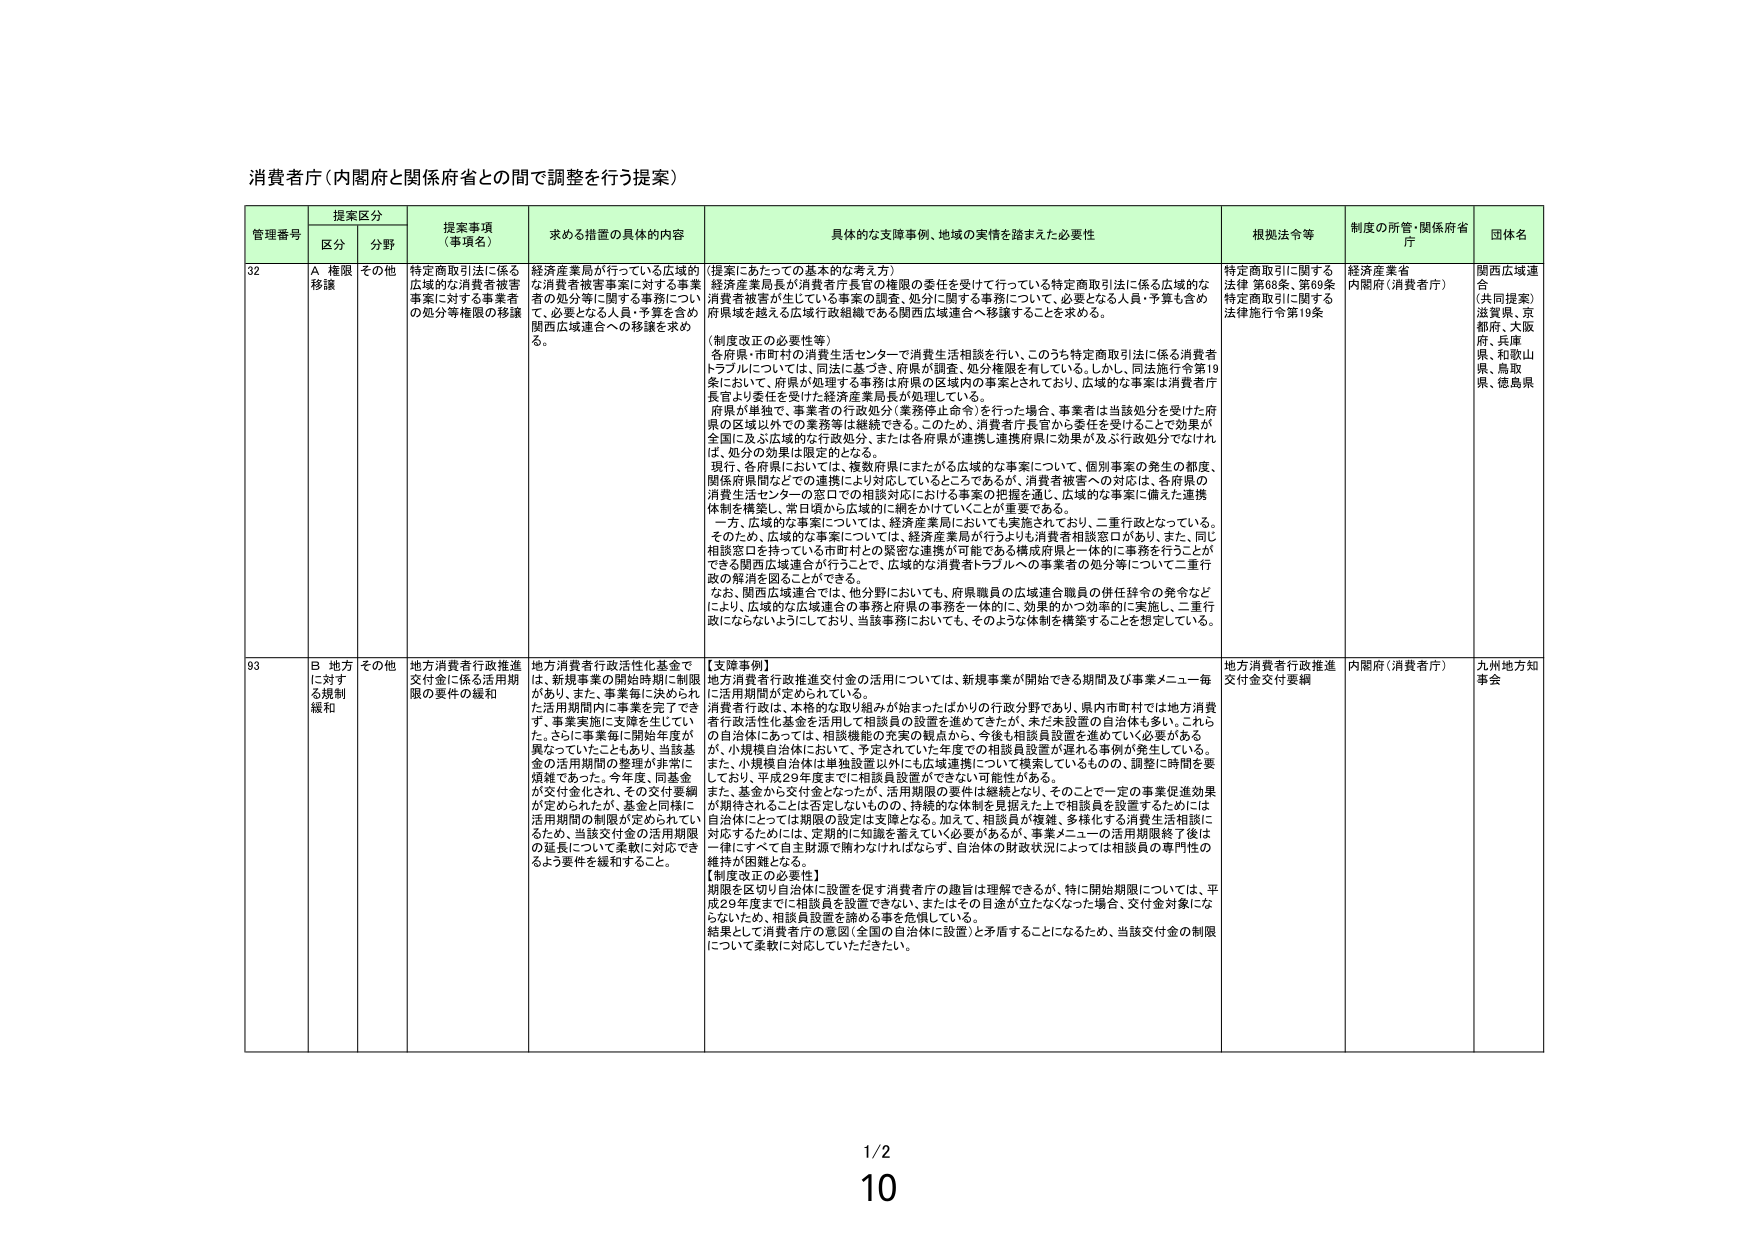
消費者庁（内閣府と関係府省との間で調整を行う提案）

管理番号 提案区分 提案事項（事項名） 求める措置の具体的内容 具体的な支援事例、地域の実情を踏まえた必要性 根拠法令等 制度の所管・関係府省庁 団体名
区分 分野

32 A 権限移譲 その他 特定商取引法に係る広域的な消費者被害事案に対する事業者事案に対する消費者の処分等権限の移譲 経済産業局が行っている広域的な消費者被害事案に対する事業者の処分等に関する事務について、必要となる人員・予算を含め関西広域連合への移譲を求める。 （提案にあたっての基本的な考え方） 経済産業局長が消費者庁長官の権限の委任を受けて行っている特定商取引法に係る広域的な消費者被害が生じている事案の調査、処分に関する事務について、必要となる人員・予算も含め府県域を越える広域行政組織である関西広域連合へ移譲することを求める。 （制度改正の必要性等） 各府県・市町村の消費生活センターで消費生活相談を行い、このうち特定商取引法に係る消費者トラブルについては、同法に基づき、府県が調査、処分権限を有している。しかし、同法施行令第19条において、府県が処理する事務は府県の区域内の事案とされており、広域的な事案は消費者庁長官より委任を受けた経済産業局長が処理している。 府県が単独で、事業者の行政処分（業務停止命令）を行った場合、事業者は当該処分を受けた府県の区域以外での業務等は継続できる。このため、消費者庁長官から委任を受けることで効果が全国に及ぶ広域的な行政処分、または各府県が連携し連携府県に効果が及ぶ行政処分でなければ、処分の効果は限定的となる。 現行、各府県においては、複数府県にまたがる広域的な事案について、個別事案の発生の都度、関係府県間などでの連携により対応しているところであるが、消費者被害への対応は、各府県の消費生活センターの窓口での相談対応における事案の把握を通し、広域的な事案に備えた連携体制を構築し、常日頃から広域的に網をかけていくことが重要である。 一方、広域的な事案については、経済産業局においても実施されており、二重行政となっている。そのため、広域的な事案については、経済産業局が行うよりも消費者相談窓口があり、また、同じ相談窓口を持っている市町村との緊密な連携が可能である構成府県と一体的に事務を行うことができる関西広域連合が行うことで、広域的な消費者トラブルへの事業者の処分等について二重行政の解消を図ることができる。 なお、関西広域連合では、他分野においても、府県職員の広域連合職員の併任辞令の発令などにより、広域的な広域連合の事務と府県の事務を一体的に、効果的かつ効率的に実施し、二重行政にならないようにしており、当該事務においても、そのような体制を構築することを想定している。 特定商取引に関する法律 第68条、第69条 特定商取引に関する法律施行令第19条 経済産業省 内閣府（消費者庁） 関西広域連合 （共同提案） 滋賀県、京都府、大阪府、兵庫県、和歌山県、鳥取県、徳島県

93 B 地方に対する規制緩和 その他 地方消費者行政推進交付金に係る活用期限の要件の緩和 地方消費者行政活性化基金では、新規事業の開始時期に制限があり、また、事業毎に決められた活用期間内に事業を完了できず、事業実施に支障を生じていた。さらに事業毎に開始年度が異なっていたこともあり、当該基金の活用期間の管理が非常に煩雑であった。今年度、同基金が交付金化され、その交付要綱が定められたが、基金と同様に活用期間の制限が定められているため、当該交付金の活用期限の延長について柔軟に対応できるよう要件を緩和すること。 【支援事例】 地方消費者行政推進交付金の活用については、新規事業が開始できる期間及び事業メニュー毎に活用期間が定められている。 消費者行政は、本格的な取り組みが始まったばかりの行政分野であり、県内市町村では地方消費者行政活性化基金を活用して相談員の設置を進めてきたが、未だ未設置の自治体も多い。これらの自治体にあっては、相談機能の充実の観点から、今後も相談員設置を進めていく必要があるが、小規模自治体において、予定されていた年度での相談員設置が遅れる事例が発生している。 また、小規模自治体は単独設置以外にも広域連携について模索しているものの、調整に時間を要しており、平成29年度までに相談員設置ができない可能性がある。 また、基金から交付金となったが、活用期限の要件は継続となり、そのことで一定の事業促進効果が期待されることは否定しないものの、持続的な体制を具現えた上で相談員を設置するために、自治体にとっては期限の設定は支障となる。加えて、相談員が複雑・多様化する消費生活相談に対応するためには、定期的に知識を蓄えていく必要があるが、事業メニューの活用期限終了後は一律にすべて自主財源で賄わなければならない、自治体の財政状況によっては相談員の専門性の維持が困難となる。 【制度改正の必要性】 期限を区切り自治体に設置を促す消費者庁の趣旨は理解できるが、特に開始期限については、平成28年度までに相談員を設置できない、またはその目途が立たなくなった場合、交付金対象にならないため、相談員設置を諦める事を危惧している。 結果として消費者庁の意図（全国の自治体に設置）と矛盾することになるため、当該交付金の期限について柔軟に対応していただきたい。 地方消費者行政推進交付金交付要綱 内閣府（消費者庁） 九州地方知事会

1/2
10